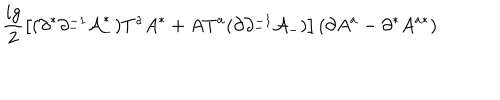
LaTeX: \frac { i g } { 2 } \left[ ( \partial ^ { * } \partial _ { - } ^ { - 1 } { \cal A } _ { - } ^ { * } ) T ^ { a } A ^ { * } + A T ^ { a } ( \partial \partial _ { - } ^ { - 1 } { \cal A } _ { - } ) \right] \left( \partial A ^ { a } - \partial ^ { * } A ^ { a * } \right)